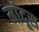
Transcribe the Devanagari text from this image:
मांदूस